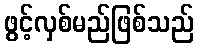
ဖွင့်လှစ်မည်ဖြစ်သည်